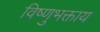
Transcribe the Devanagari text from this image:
विष्णुभक्ताय